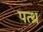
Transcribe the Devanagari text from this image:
पत्थ्र